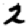
Digit: 2